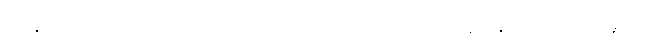
အနုပါရမ္ဘစိတ္တော,၊ ရှုံးချလိုသောစိတ်မရှိသည်ဖြစ်၍။ နရန္ဓဂဝေသီ၊ အခွင့်ကို